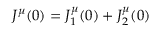
J ^ { \mu } ( 0 ) = J _ { 1 } ^ { \mu } ( 0 ) + J _ { 2 } ^ { \mu } ( 0 )